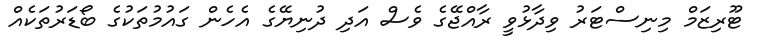
ޓޫރިޒަމް މިނިސްޓަރު ވިދާޅުވީ ރާއްޖޭގެ ވެސް އަދި ދުނިޔޭގެ އެހެން ގައުމުތަކުގެ ބޯޑަރުތަކެއް